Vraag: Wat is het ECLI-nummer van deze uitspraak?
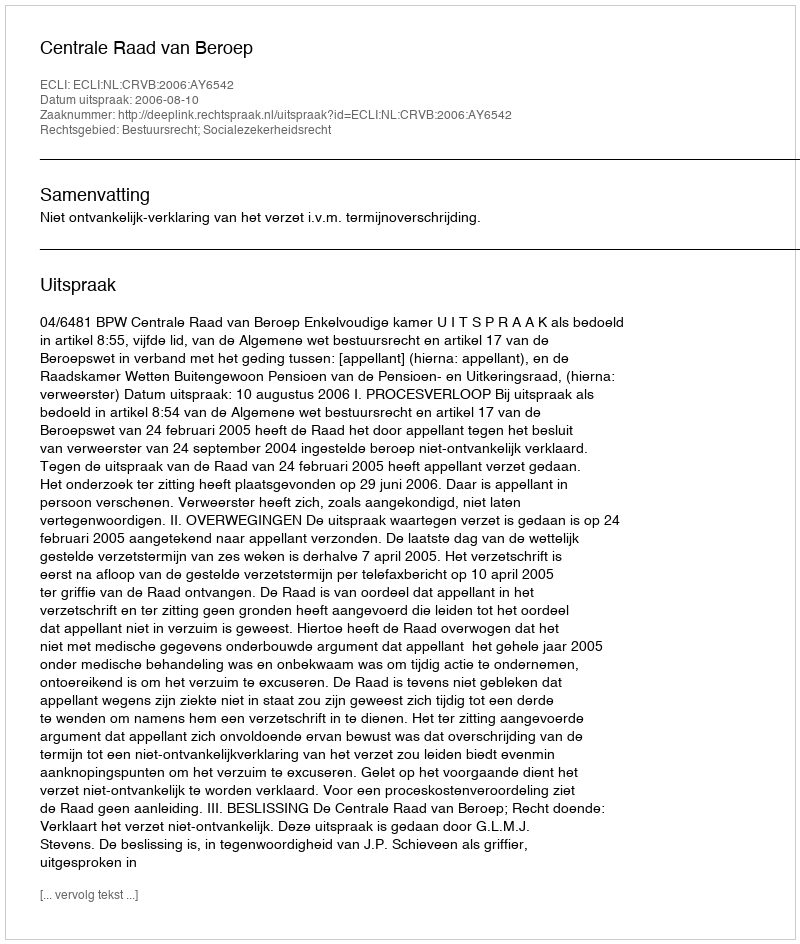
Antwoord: ECLI:NL:CRVB:2006:AY6542